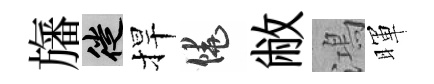
旛徙捍饒敝鴻暉